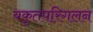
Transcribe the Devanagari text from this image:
यकृतपरिगलन